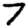
Digit: 7